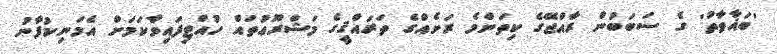
'ބަޣާވާތު' ގެ ސަބަބުން ރާއްޖޭގެ ކިތަންމެ ރަށެއްގެ ތަރައްޤީގެ މަޝްރޫޢުތައް ހުއްޓިފައިވާކަމަށް އެމަނިކުފާނު